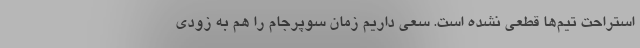
استراحت‌ تیم‌ها قطعی نشده است. سعی داریم زمان سوپرجام را هم به زودی